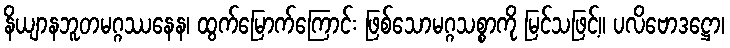
နိယျာနဘူတမဂ္ဂဿနေန၊ ထွက်မြောက်ကြောင်း ဖြစ်သောမဂ္ဂသစ္စာကို မြင်သဖြင့်။ ပလိဗောဒဋ္ဌော၊